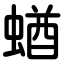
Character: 蝤